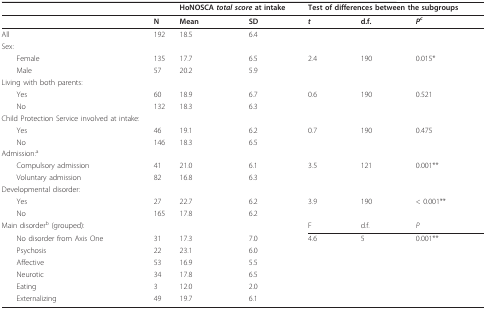
|  |  | <COLSPAN=2> HoNOSCA total score at intake | <COLSPAN=3> Test of differences between the subgroups |
 | --- | --- | --- | --- | --- | --- | --- |
 |  | N | Mean | SD | t | d.f. | Pc |
 | All | 192 | 18.5 | 6.4 |  |  |  |
 | Sex: |  |  |  |  |  |  |
 | Female | 135 | 17.7 | 6.5 | 2.4 | 190 | 0.015* |
 | Male | 57 | 20.2 | 5.9 |  |  |  |
 | Living with both parents: |  |  |  |  |  |  |
 | Yes | 60 | 18.9 | 6.7 | 0.6 | 190 | 0.521 |
 | No | 132 | 18.3 | 6.3 |  |  |  |
 | Child Protection Service involved at intake: |  |  |  |  |  |  |
 | Yes | 46 | 19.1 | 6.2 | 0.7 | 190 | 0.475 |
 | No | 146 | 18.3 | 6.5 |  |  |  |
 | Admission:a |  |  |  |  |  |  |
 | Compulsory admission | 41 | 21.0 | 6.1 | 3.5 | 121 | 0.001** |
 | Voluntary admission | 82 | 16.8 | 6.3 |  |  |  |
 | Developmental disorder: |  |  |  |  |  |  |
 | Yes | 27 | 22.7 | 6.2 | 3.9 | 190 | < 0.001** |
 | No | 165 | 17.8 | 6.2 |  |  |  |
 | Main disorderb (grouped): |  |  |  | F | d.f. | P |
 | No disorder from Axis One | 31 | 17.3 | 7.0 | 4.6 | 5 | 0.001** |
 | Psychosis | 22 | 23.1 | 6.0 |  |  |  |
 | Affective | 53 | 16.9 | 5.5 |  |  |  |
 | Neurotic | 34 | 17.8 | 6.5 |  |  |  |
 | Eating | 3 | 12.0 | 2.0 |  |  |  |
 | Externalizing | 49 | 19.7 | 6.1 |  |  |  |